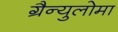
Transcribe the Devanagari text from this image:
ग्रैन्युलोमा